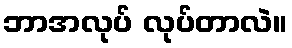
ဘာအလုပ် လုပ်တာလဲ။